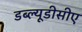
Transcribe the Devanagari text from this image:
डब्ल्यूडीसीए